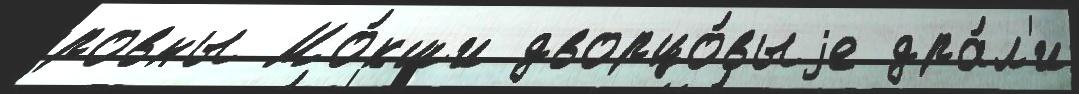
ровны Мо́кши дворцо́выjе дра́л'и